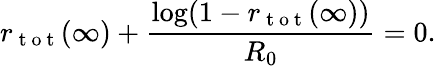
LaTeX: r_{\mathrm{~t~o~t~}}(\infty)+\frac{\log(1-r_{\mathrm{~t~o~t~}}(\infty))}{R_{0}}=0.